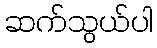
ဆက်သွယ်ပါ